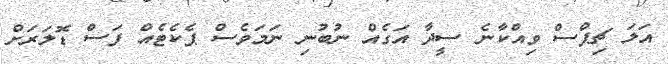
އަލަ ޗިޕްސް ވިއްކާނެ ސީދާ އަގެއް ނުބުނި ނަމަވެސް ޕެކެޓެއް ފަސް ޑޮލަރަށް